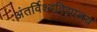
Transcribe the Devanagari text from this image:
अंतर्विश्वविद्यालय